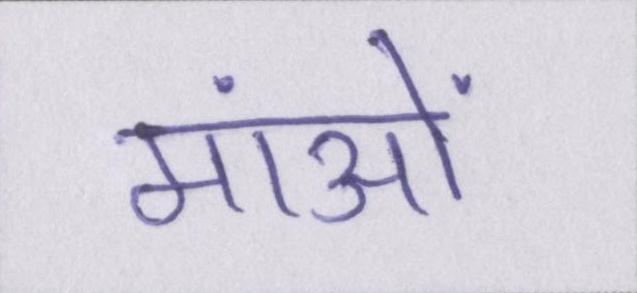
मांओं